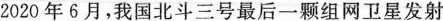
2020年6月，我国北斗三号最后一颗组网卫星发射